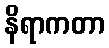
နိရာကတာ